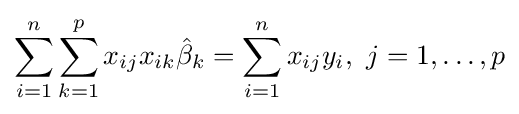
\sum _{i=1}^{n}\sum _{k=1}^{p}x_{ij}x_{ik}{\hat {\beta }}_{k}=\sum _{i=1}^{n}x_{ij}y_{i},\ j=1,\dots ,p